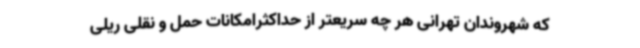
که شهروندان تهرانی هر چه سریعتر از حداکثرامکانات حمل و نقلی ریلی